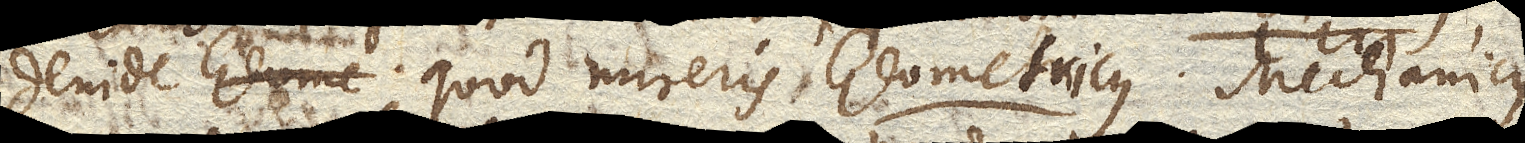
deinde quod mireris Geometricus. Mechanicus